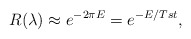
\begin{align*}R(\lambda)\approx e^{-2\pi E}=e^{-E/Tst},\end{align*}